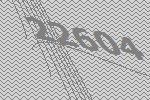
22604